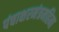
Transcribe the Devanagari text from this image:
पंचाक्षरमंत्रमहिमा